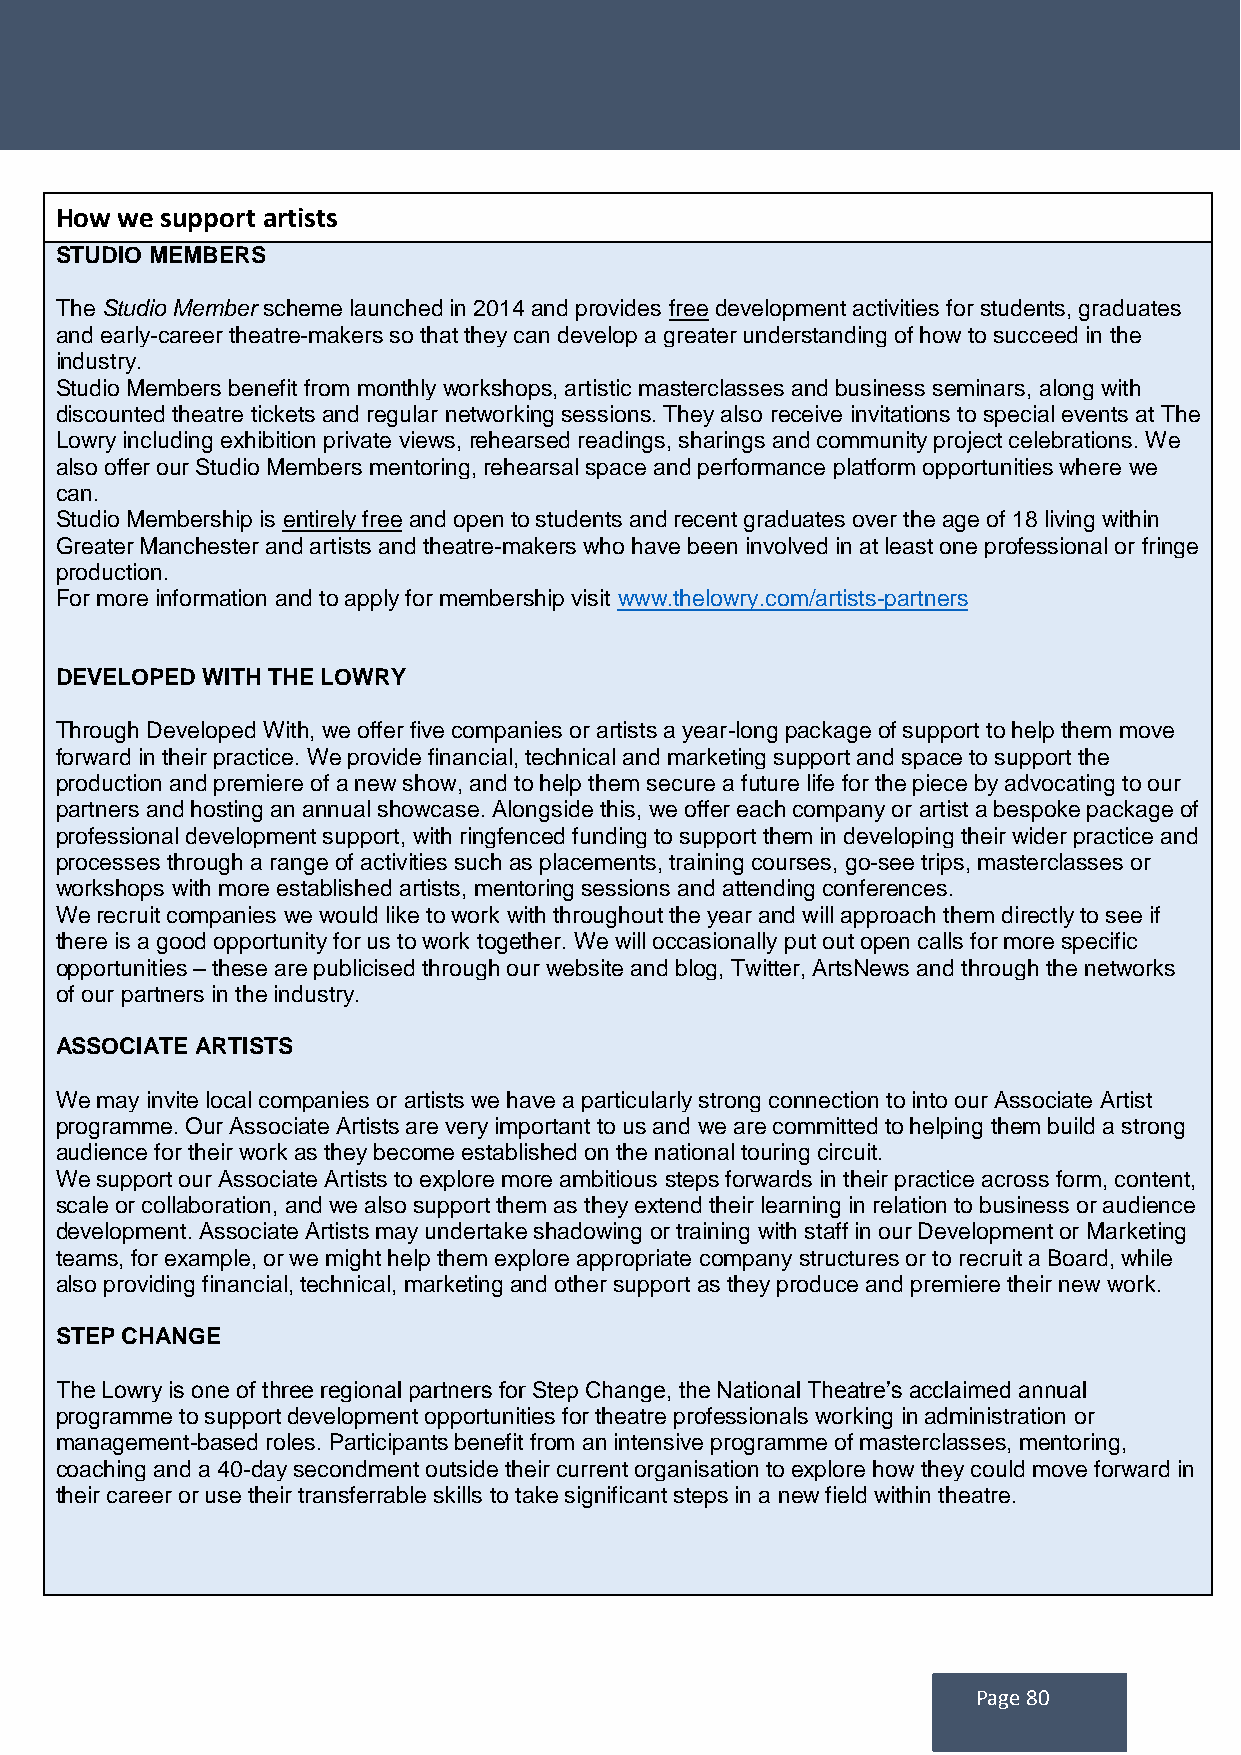
How we support artists
 STUDIO MEMBERS
 The Studio Member scheme launched in 2014 and provides free development activities for students, graduates
 and early-career theatre-makers so that they can develop a greater understanding of how to succeed in the
 industry.
 Studio Members benefit from monthly workshops, artistic masterclasses and business seminars, along with
 discounted theatre tickets and regular networking sessions. They also receive invitations to special events at The
 Lowry including exhibition private views, rehearsed readings, sharings and community project celebrations. We
 also offer our Studio Members mentoring, rehearsal space and performance platform opportunities where we
 can.
 Studio Membership is entirely free and open to students and recent graduates over the age of 18 living within
 Greater Manchester and artists and theatre-makers who have been involved in at least one professional or fringe
 production.
 For more information and to apply for membership visit www.thelowry.com/artists-partners
 DEVELOPED WITH THE LOWRY
 Through Developed With, we offer five companies or artists a year-long package of support to help them move
 forward in their practice. We provide financial, technical and marketing support and space to support the
 production and premiere of a new show, and to help them secure a future life for the piece by advocating to our
 partners and hosting an annual showcase. Alongside this, we offer each company or artist a bespoke package of
 professional development support, with ringfenced funding to support them in developing their wider practice and
 processes through a range of activities such as placements, training courses, go-see trips, masterclasses or
 workshops with more established artists, mentoring sessions and attending conferences.
 We recruit companies we would like to work with throughout the year and will approach them directly to see if
 there is a good opportunity for us to work together. We will occasionally put out open calls for more specific
 opportunities – these are publicised through our website and blog, Twitter, ArtsNews and through the networks
 of our partners in the industry.
 ASSOCIATE ARTISTS
 We may invite local companies or artists we have a particularly strong connection to into our Associate Artist
 programme. Our Associate Artists are very important to us and we are committed to helping them build a strong
 audience for their work as they become established on the national touring circuit.
 We support our Associate Artists to explore more ambitious steps forwards in their practice across form, content,
 scale or collaboration, and we also support them as they extend their learning in relation to business or audience
 development. Associate Artists may undertake shadowing or training with staff in our Development or Marketing
 teams, for example, or we might help them explore appropriate company structures or to recruit a Board, while
 also providing financial, technical, marketing and other support as they produce and premiere their new work.
 STEP CHANGE
 The Lowry is one of three regional partners for Step Change, the National Theatre’s acclaimed annual
 programme to support development opportunities for theatre professionals working in administration or
 management-based roles. Participants benefit from an intensive programme of masterclasses, mentoring,
 coaching and a 40-day secondment outside their current organisation to explore how they could move forward in
 their career or use their transferrable skills to take significant steps in a new field within theatre.
 Page 80